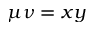
\mu \nu = x y